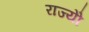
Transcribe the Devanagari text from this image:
राज्योें